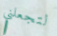
لتجعلني